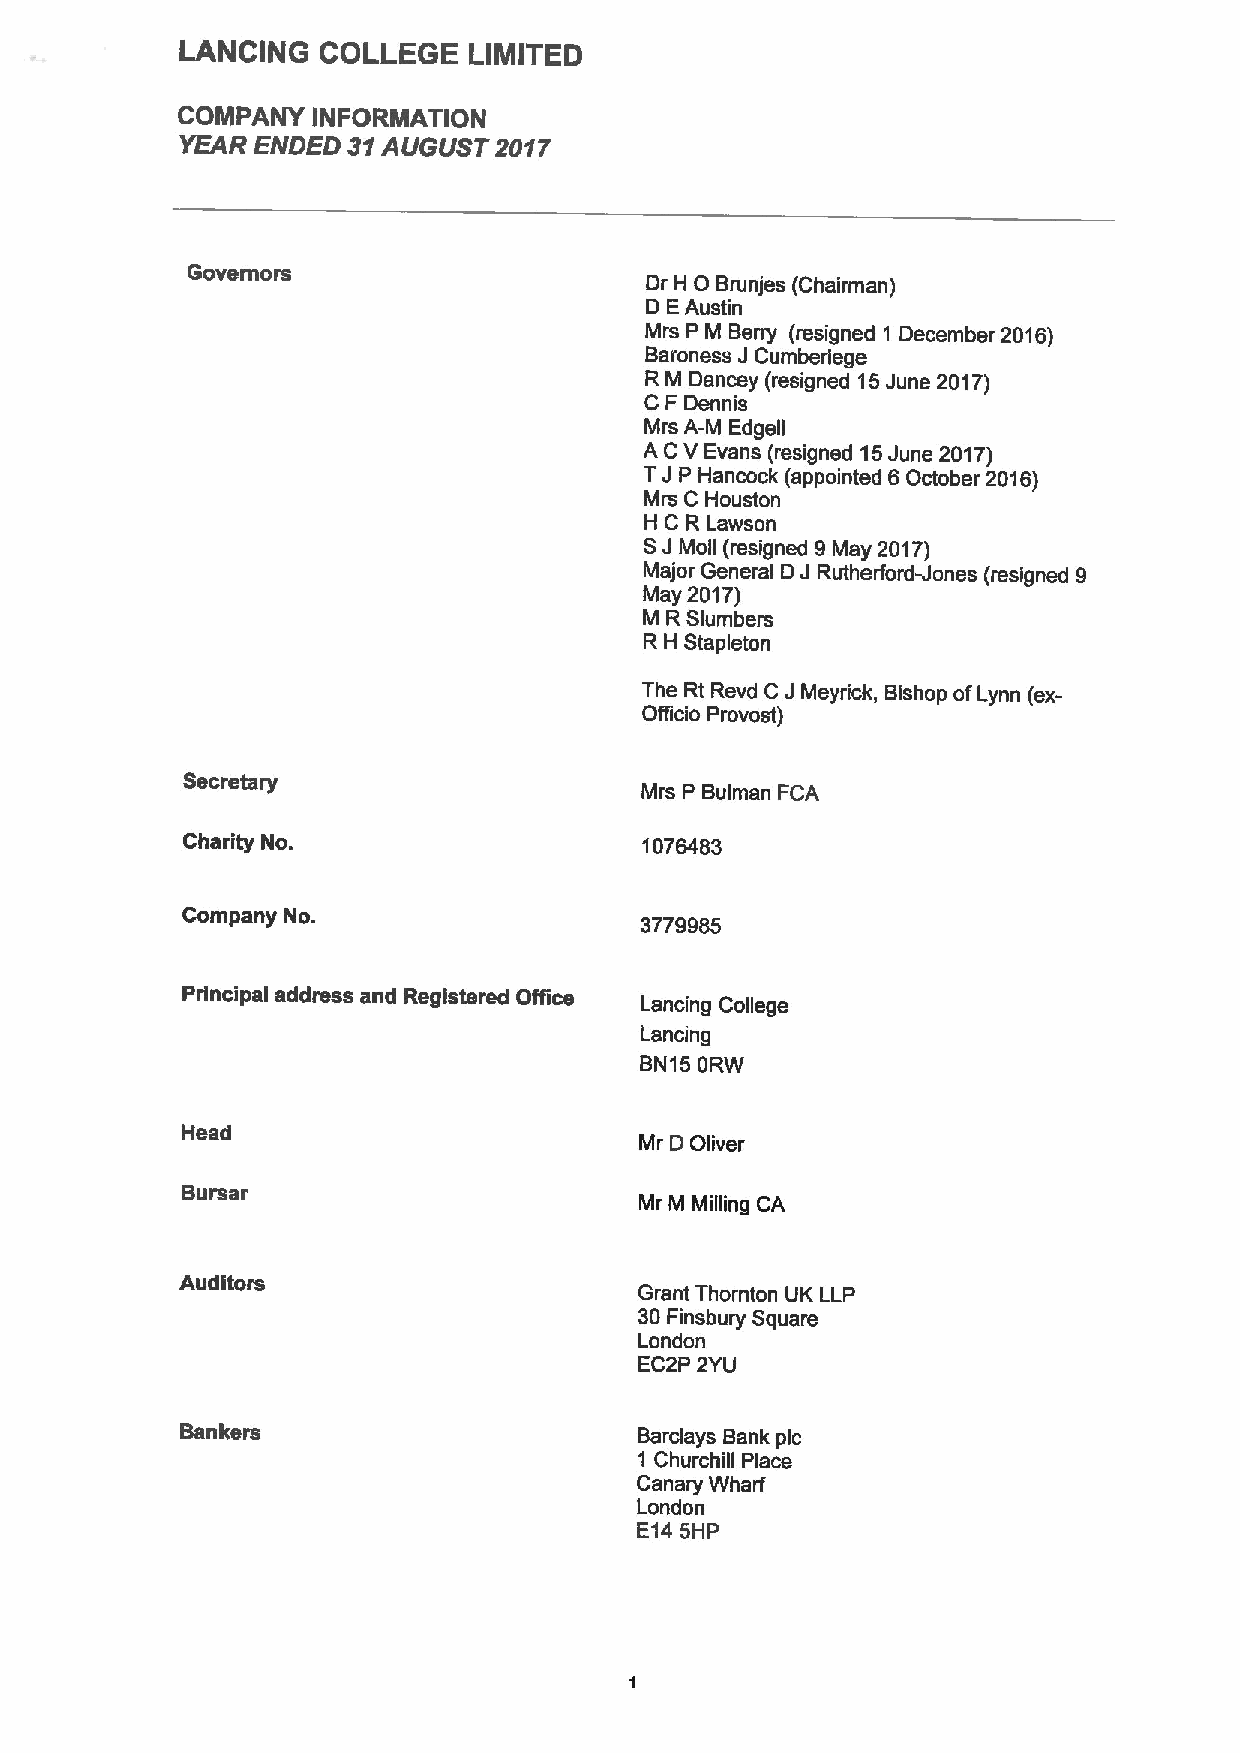
LANCING  COLLEGE   LIMITED
 COMPANY  INFORMATION
 YEAR ENDED 31AUGUST  2017
 Governors                         0
 Dr H Brunjes (Chairman)
 D EAustin
 Mrs P M Berry (resigned 1 December 2016)
 Baroness J Cumberlege
 R M Dancey (resigned 15June 2017)
 C F Dennis
 Mrs A-M Edgell
 A CVEvans (resigned 15June 2017)
 TJP
 Hancock (appointed 6 October 2016)
 Mrs C Houston
 H C R Lawson
 SJ Moll (resigned 9May 2017)
 Major General D J Rutherford-Jones (resigned 9
 May 2017)
 M RSlumbers
 R H Stapleton
 The Rt Revd C J Meyrick, Bishop ofLynn (ex-
 Officio Provost)
 Secretary
 Mrs P Bulman FCA
 Charity No.                    1076483
 Company No.
 3779985
 Principal address and Registered Office
 Lancing College
 Lancing
 BN15 ORW
 Head
 Mr D Oliver
 Bursar
 Mr M Milling CA
 Auditors
 Grant Thornton UK LLP
 30Finsbury Square
 London
 EC2P 2YU
 Bankers                       Barclays Bank pic
 1 Churchill Place
 Canary Wharf
 London
 E145HP